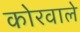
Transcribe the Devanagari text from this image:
कोरवाले